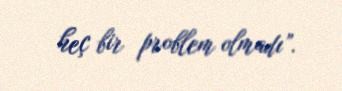
heç bir problem olmadı”.